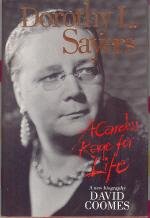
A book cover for Dorothy L. Sayers: A Careless Rage for Life; David Coomes; Mystery, Thriller & Suspense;